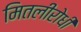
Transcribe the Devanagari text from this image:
मितलीरोधी